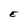
Character: E